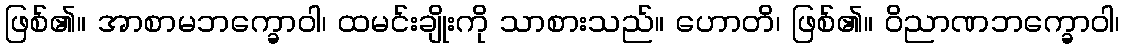
ဖြစ်၏။ အာစာမဘက္ခောဝါ၊ ထမင်းချိုးကို သာစားသည်။ ဟောတိ၊ ဖြစ်၏။ ဝိညာဏဘက္ခောဝါ၊